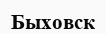
Быховск